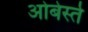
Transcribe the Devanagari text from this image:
ओबेर्स्त